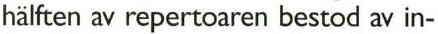
hälften av repertoaren bestod av in-